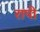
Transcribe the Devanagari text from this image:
रापी